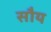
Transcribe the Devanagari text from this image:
सौय